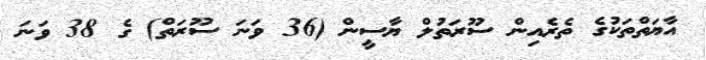
އާޔަތްތަކުގެ ތެރެއިން ސޫރަތުލް ޔާސީން (36 ވަނަ ސޫރަތް) ގެ 38 ވަނަ